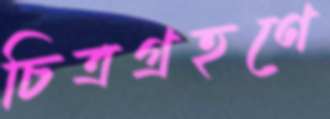
চিত্রগ্রহণে